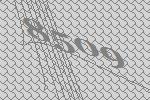
8509